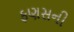
ફણસની